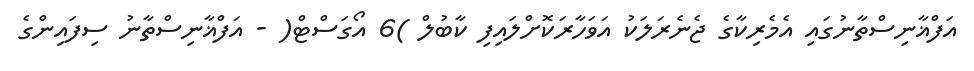
އަފްޣާނިސްތާނުގައި އެމެރިކާގެ ޖެނެރަލަކު އަވަހާރަކޮށްލައިފި ކާބުލް )6 އޯގަސްޓް( - އަފްޣާނިސްތާނު ސިފައިންގެ